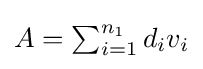
{\textstyle A=\sum _{i=1}^{n_{1}}d_{i}v_{i}}